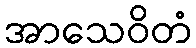
အာသေဝိတံ